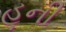
હૂની